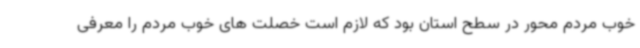
خوب مردم محور در سطح استان بود که لازم است خصلت های خوب مردم را معرفی